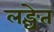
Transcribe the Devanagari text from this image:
लङ्घेत